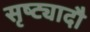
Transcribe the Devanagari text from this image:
सृष्ट्यादौ